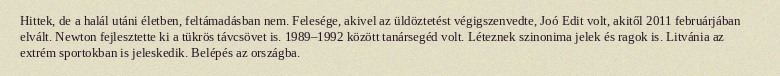
Hittek, de a halál utáni életben, feltámadásban nem. Felesége, akivel az üldöztetést végigszenvedte, Joó Edit volt, akitől 2011 februárjában elvált. Newton fejlesztette ki a tükrös távcsövet is. 1989–1992 között tanársegéd volt. Léteznek szinonima jelek és ragok is. Litvánia az extrém sportokban is jeleskedik. Belépés az országba.